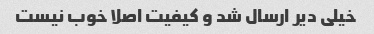
خیلی دیر ارسال شد و کیفیت اصلا خوب نیست